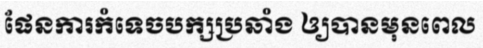
ផែនការកំទេចបក្សប្រឆាំង ឲ្យបានមុនពេល